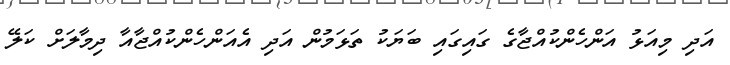
އަދި މިއަޅު އަންހެންކުއްޖާގެ ގައިގައި ބަޔަކު ތަޅަމުން އަދި އެއަންހެންކުއްޖާއާ ދިމާލަށް ކަލޭ